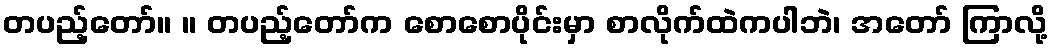
တပည့်တော်။ ။ တပည့်တော်က စောစောပိုင်းမှာ စာလိုက်ထဲကပါဘဲ၊ အတော် ကြာလို့